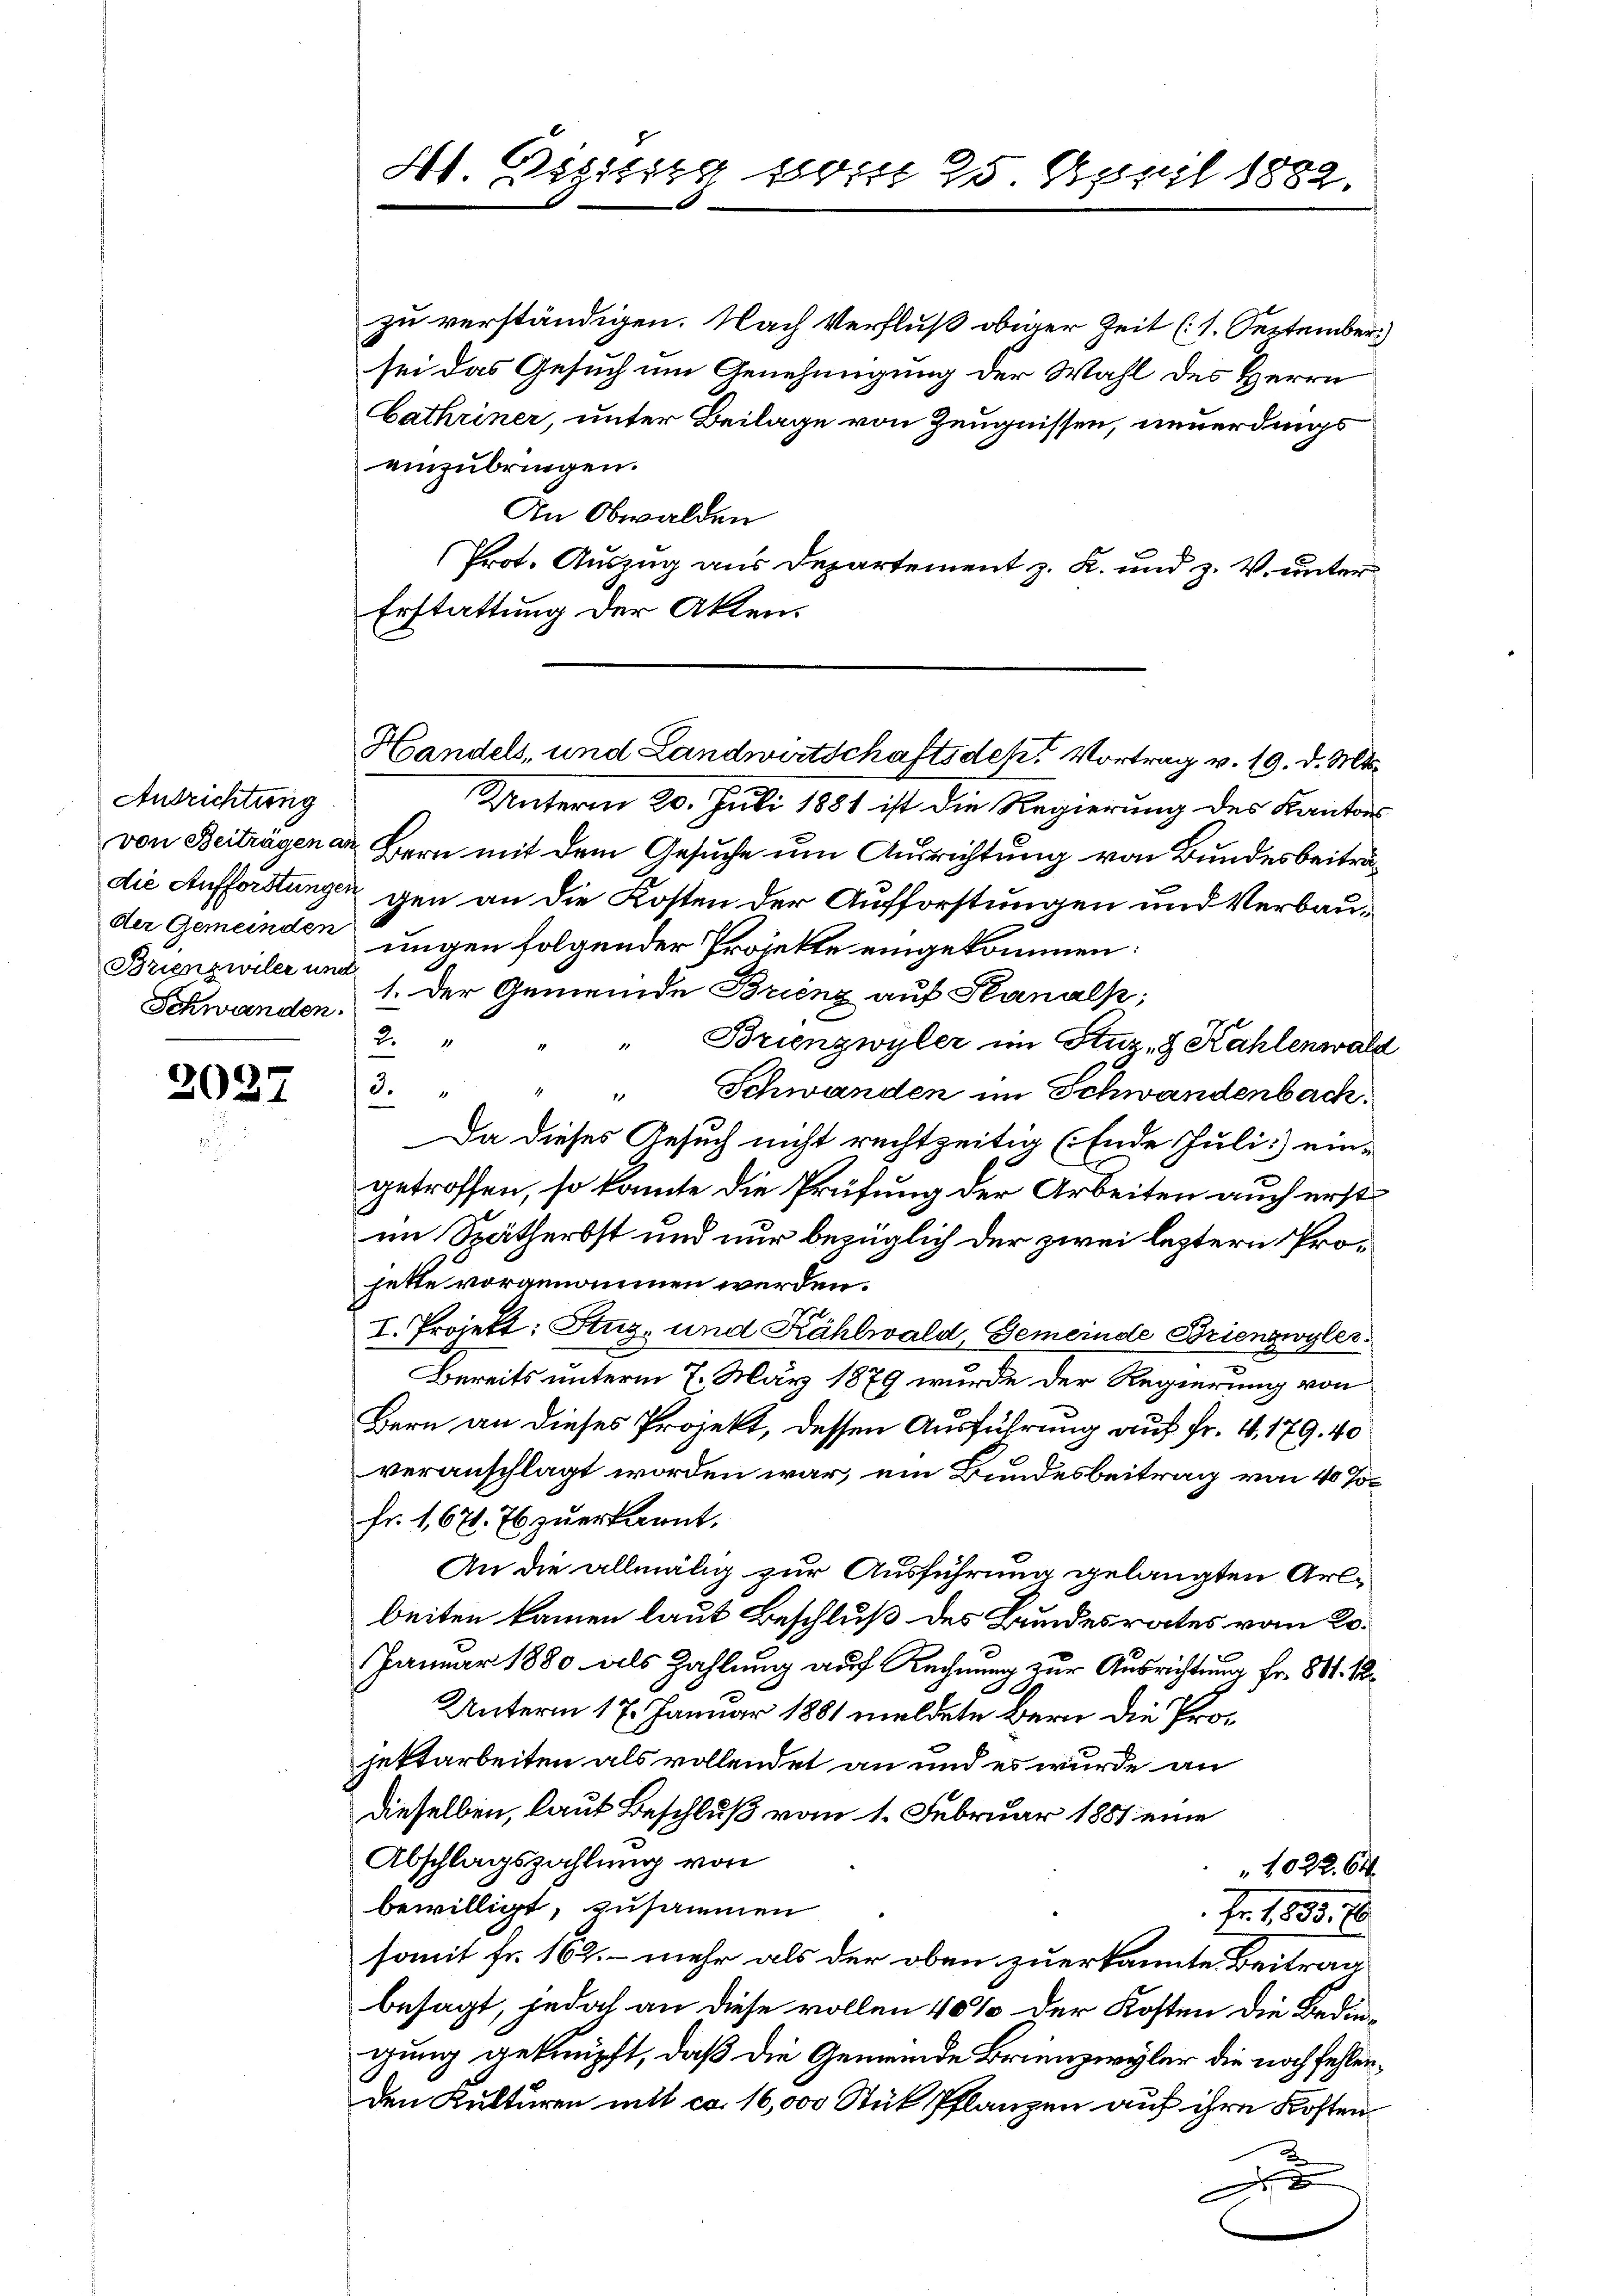
Ausrichtung
Brienzwiler und
Schwanden.

2027

H. Vigilirg seine 25 April 1882.

Handels, und Landwirtschaftsdest Vortrag v. 19. d. Mts.

zu verständigen. Nach Verfluß obiger Zeit (1. September
sei das Gesuch um Genehmigung der Wahl des Herrn
bathriner, unter Beilage von Zeugnissen, neuerdings
einzubringen.
In Obwalden
Prot. Auszug aus Departement z. K. und z. V. unter
Erstattung der Akten.
Unterm 20. Juli 1881 ist die Regierung des Kantons
von Beiträgen an Bern mit dem Gesuche um Ausrichtung von Bundesbeiträdie Aufforstungen gen an die Kosten der Aufforstungen und Verbauder Gemeinden ungen folgender Projekte eingekommen:
1. Der Gemeinde Brienz auf Stanalp,
2.
" Brienzwyler im Stuz- & Kahlenwald
3.
Schwanden im Schwandenbach.
Da dieses Gesuch nicht rechtzeitig (Ende Juli ein-
getroffen, so kannte die Prüfung der Arbeiten auch erst
im Spätherbst und nur bezüglich der zwei leztern Prohette vorgenommen werden.
I. Projekt: Stuz. und Kählwald, Gemeinde Brienzwyler
Bereits unterm 7. März 1879 wurde der Regierung von
Bern an dieses Projekt, dessen Ausführung auf Fr. 4, 179. 40
veranschlagt worden war, ein Bundesbeitrag von 40 %
fr. 1,67. 76 zu erkannt.
An die allmälig zur Ausführung gelangten Arlbeiten kamen laut Beschluß des Bundesrates vom Ko¬
Januar 1880 als Zahlung auf Rechnung zur Ausrichtung fr. 801. 1
Unterm 17. Januar 1881 meldete Bern die Projettarbeiten als vollendet an und es wurde an
dieselben, laut Beschluß vom 1. Februar 1881 eine
Abschlagszahlung von
 1022. 64.
bewilligt, zusammen
E. 1835. 10.
somit Fr. 162. – mehr als der oben zuerkannte Beitragbesagt, jedoch an diese vollen 40% der Kosten die Bedingung geknüpft, daß die Gemeinde Brienzwyler die noch fehlenden Kulturen mit ca. 16,000 Stük Pflanzen auf ihre Kosten¬
2
A